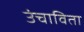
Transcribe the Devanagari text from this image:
उंचाविता